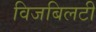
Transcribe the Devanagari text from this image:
विजबिलटी